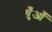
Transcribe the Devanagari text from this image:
धुँआँ